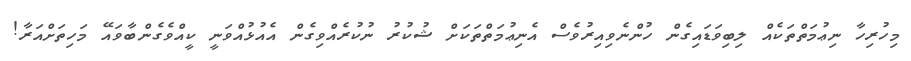
މިހުރިހާ ނިޢުމަތްތަކެއް ލިބިވަޑައިގެން ހުންނެވިއިރުވެސް އެނިޢުމަތްތަކަށް ޝުކުރު ނުކުރެއްވިގެން އެއުޅުއްވަނީ ކީއްވެގެންބާވައޭ މަހިތަށްއަރާ!